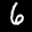
Label: 6